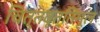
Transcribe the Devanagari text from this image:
चित्तवृत्तिमूल